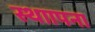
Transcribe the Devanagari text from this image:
स्थाापना